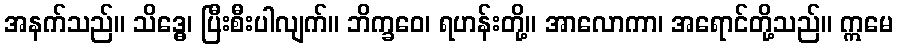
အနက်သည်။ သိဒ္ဓေ၊ ပြီးစီးပါလျက်။ ဘိက္ခဝေ၊ ရဟန်းတို့။ အာလောကာ၊ အရောင်တို့သည်။ ဣမေ